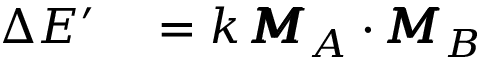
\begin{array} { r l } { \Delta E ^ { \prime } } & { { } = k \, \pmb { M } _ { A } \cdot \pmb { M } _ { B } } \end{array}